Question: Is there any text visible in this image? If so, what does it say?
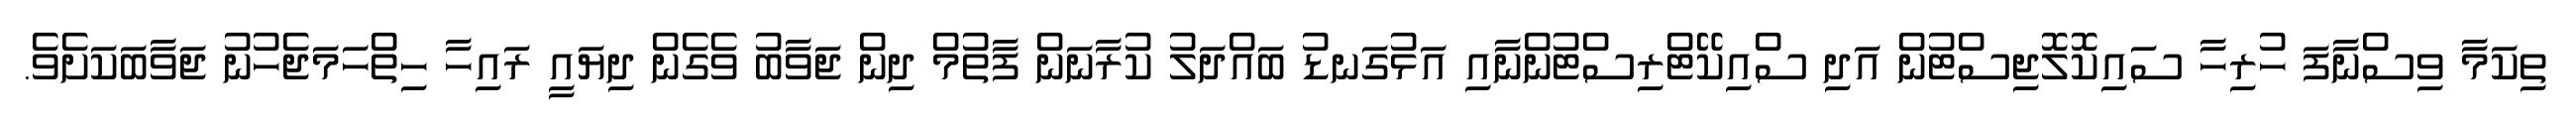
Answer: ތިކަމާ ވިސްނާފަ ހުރިހާ ސައިކޮލޮޖިސްޓުން އަދި ސްއިކޭޓްރިސްޓުންނާއި އަޅުގަނޑު ބައްދަލު ކުރާނަން ފާތުމް ދިން ޖަވާބު ވެގެން ދިޔައީ ރައިހާ ހިތްހަމަޖެހުނު ޖަވާބަކަށެވެ.